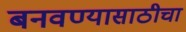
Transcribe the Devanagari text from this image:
बनवण्यासाठीचा